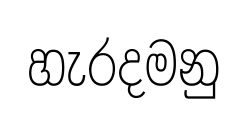
හැරදමනු